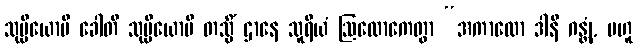
သုပ္ပိယောပိ ခေါတိ သုပ္ပိယောပိ တသ္မိံ ဌာနေ သူရိယံ ဩလောကေတွာ “အကာလော ဒါနိ ဂန္တုံ, ဗဟူ